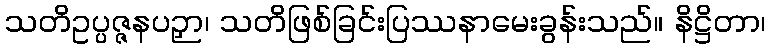
သတိဥပ္ပဇ္ဇနပဉှာ၊ သတိဖြစ်ခြင်းပြဿနာမေးခွန်းသည်။ နိဋ္ဌိတာ၊